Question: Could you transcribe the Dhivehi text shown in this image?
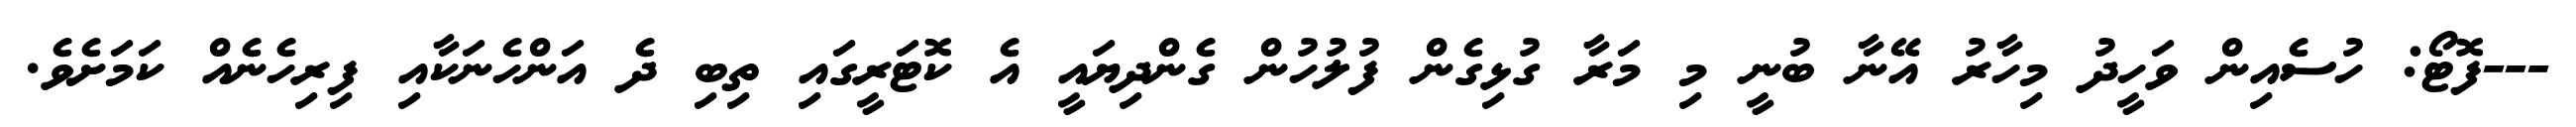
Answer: ---ފޮޓޯ: ހުސެއިން ވަހީދު މިހާރު އޭނާ ބުނީ މި މަރާ ގުޅިގެން ފުލުހުން ގެންދިޔައީ އެ ކޮޓަރީގައި ތިބި ދެ އަންހެނަކާއި ފިރިހެނެއް ކަމަށެވެ.